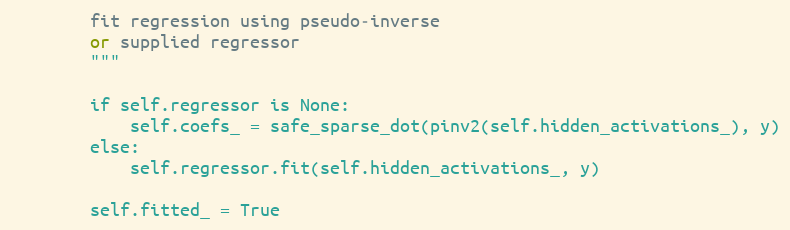
Language: Python
        fit regression using pseudo-inverse
        or supplied regressor
        """

        if self.regressor is None:
            self.coefs_ = safe_sparse_dot(pinv2(self.hidden_activations_), y)
        else:
            self.regressor.fit(self.hidden_activations_, y)

        self.fitted_ = True